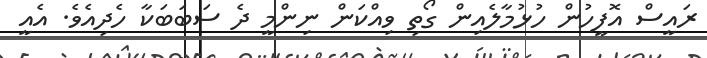
ރައީސް އޮފީހުން ހުޅުމާލެއިން ގޯތި ވިއްކަން ނިންމީ ދެ ސަބަބަކާ ހެދިއެވެ. އެއީ